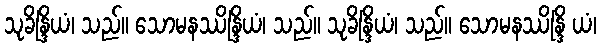
သုခိန္ဒြိယံ၊ သည်။ သောမနဿိန္ဒြိယံ၊ သည်။ သုခိန္ဒြိယံ၊ သည်။ သောမနဿိန္ဒြိ ယံ၊